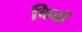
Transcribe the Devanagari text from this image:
चिनॉ